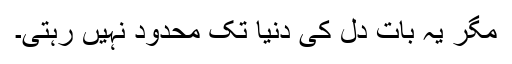
مگر یہ بات دل کی دنیا تک محدود نہیں رہتی۔